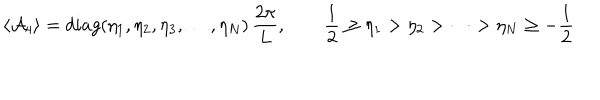
LaTeX: \langle { \cal A } _ { 4 } \rangle = d i a g ( \eta _ { 1 } , \eta _ { 2 } , \eta _ { 3 } , \dots , \eta _ { N } ) \, \frac { 2 \pi } { L } , \qquad \frac { 1 } { 2 } \ge \eta _ { 1 } > \eta _ { 2 } > \cdots > \eta _ { N } \ge - \frac { 1 } { 2 }